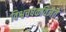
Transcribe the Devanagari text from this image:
विश्वचषकविजेते